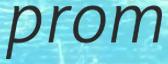
prom